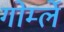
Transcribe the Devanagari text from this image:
गोर्म्ले